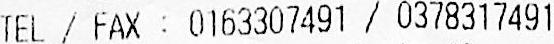
TEL / FAX : 0163307491 / 0378317491